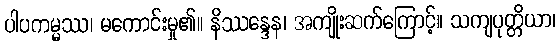
ပါပကမ္မဿ၊ မကောင်းမှု၏။ နိဿန္ဒေန၊ အကျိုးဆက်ကြောင့်။ သကျပုတ္တိယာ၊